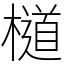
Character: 檤